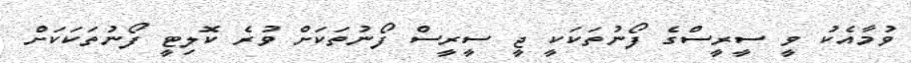
ވުމާއެކު ވީ ސީރީސްގެ ފޯނުތަކަކީ ޖީ ސީރީސް ފޯނުތަކަށް ވުރެ ކޮލިޓީ ފޯނުތަކަކަށް